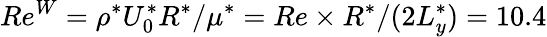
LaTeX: Re^{W}=\rho^{*}U_{0}^{*}R^{*}/\mu^{*}=Re\times R^{*}/(2L_{y}^{*})=10.4